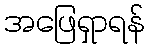
အဖြေရှာရန်